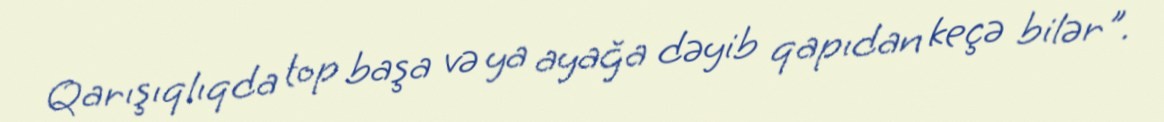
Qarışıqlıqda top başa və ya ayağa dəyib qapıdan keçə bilər".